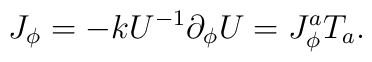
J_{\phi} = -k U^{-1} \partial_{\phi}U = J^a_{\phi} T_a.